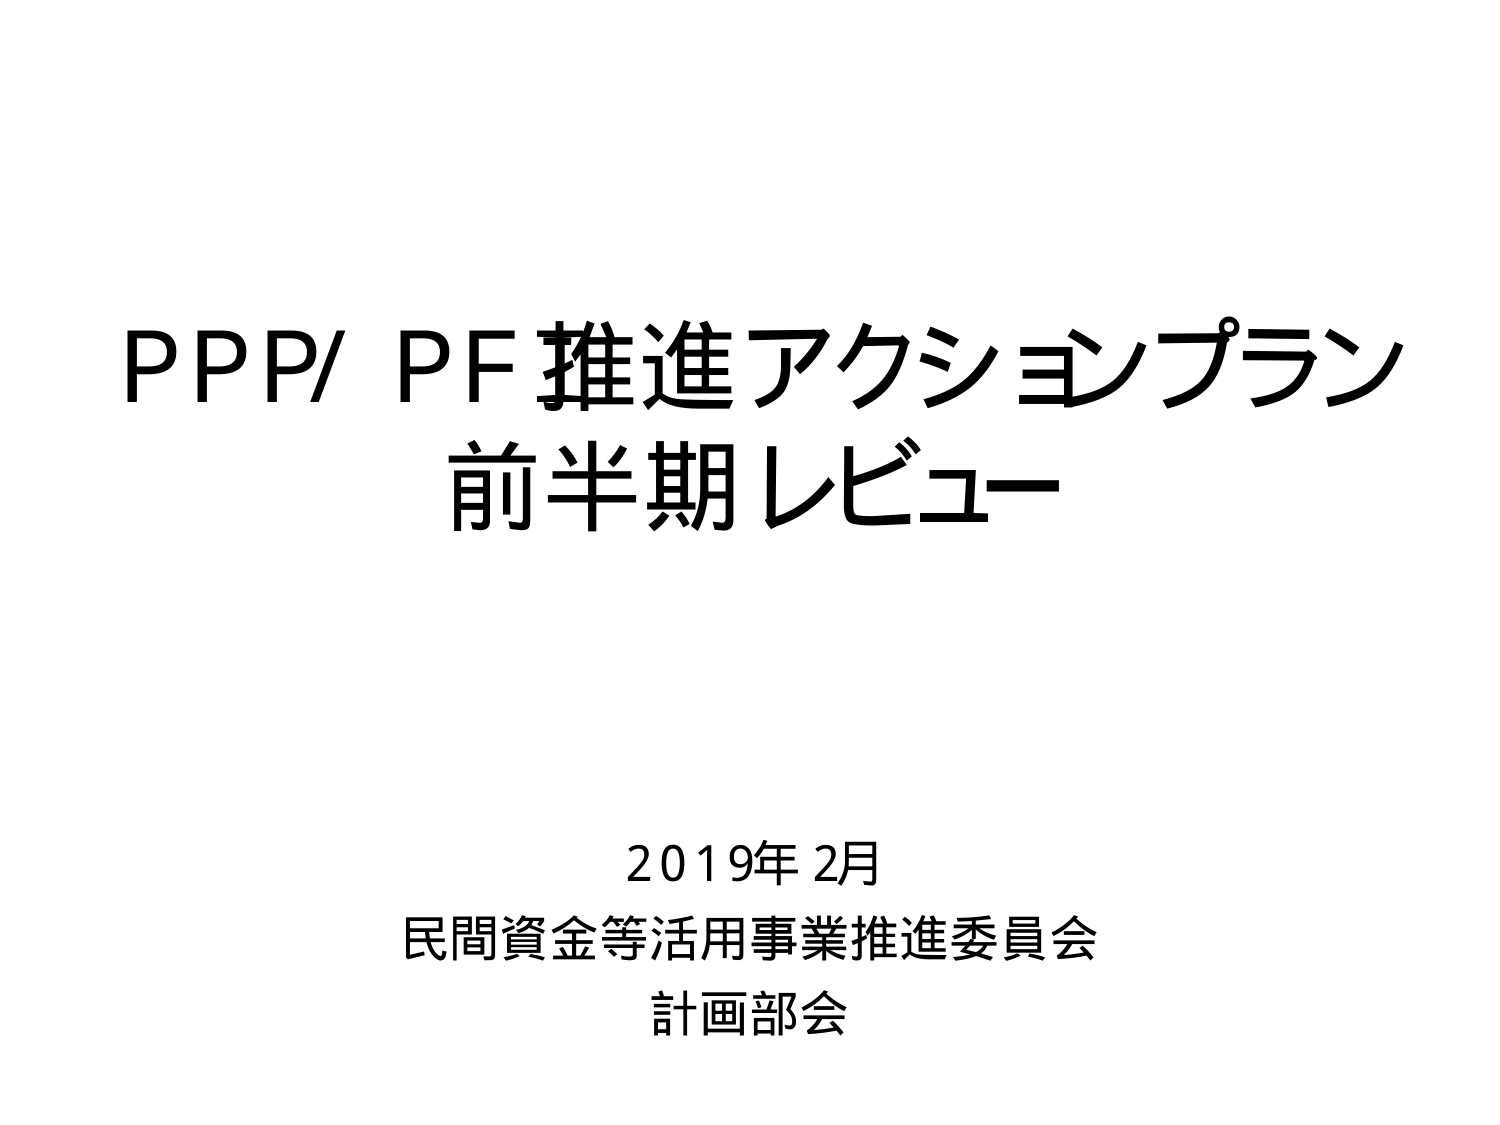
PPP/ PF 推進アクションプラン
前半期レビュー

2019年2月
民間資金等活用事業推進委員会
計画部会